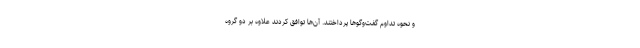
و نحوه تداوم گفت‌وگوها پرداختند. آن‌ها توافق کردند علاوه بر دو گروه